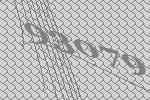
93079